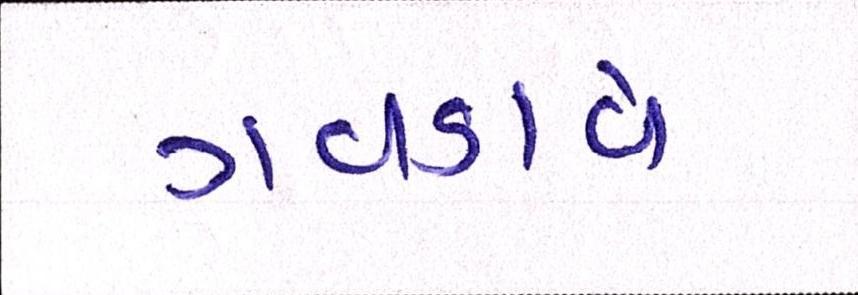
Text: ગવડાવે